Triennial report on the lunatic asylums in the province of Eastern Bengal and Assam - 1903-1911
Year: 1903
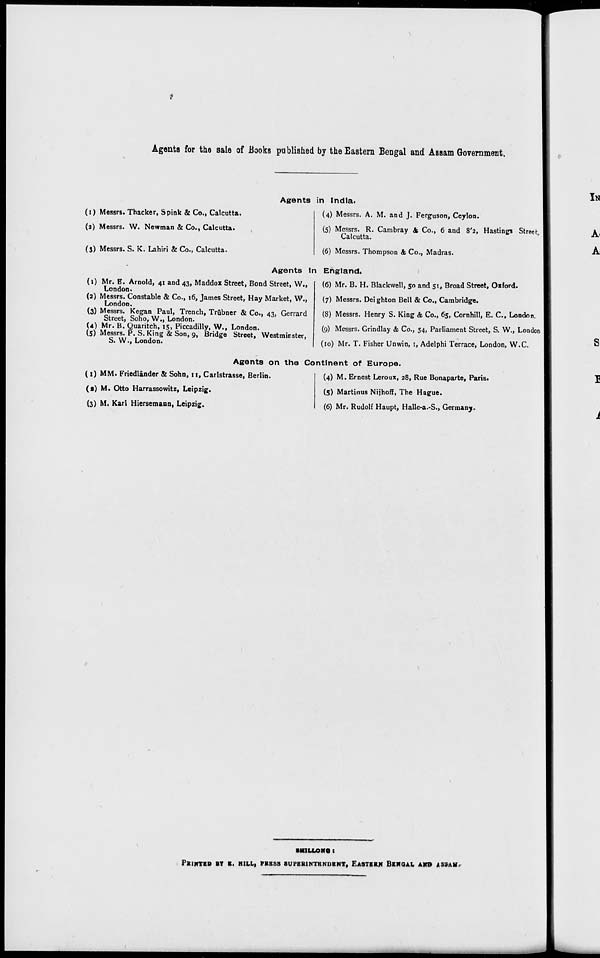
Agents for the sale of Books published by the Eastern Bengal and Assam Government.
Agents in India.
(1) Messrs. Thacker, Spink & Co., Calcutta.
(2) Messrs. W. Newman & Co., Calcutta.
(3) Messrs. S. K. Lahiri & Co., Calcutta.
(4) Messrs. A. M. and J. Ferguson, Ceylon.
(5) Messrs. R. Cambray & Co., 6 and 8'2, Hastings Street
Calcutta.
(6) Messrs. Thompson & Co., Madras.
Agents in England.
(1) Mr. E. Arnold, 41 and 43, Maddox Street, Bond Street, W.,
London.
(2) Messrs. Constable & Co., 16, James Street, Hay Market, W.,
London.
(3) Messrs. Kegan Paul, Trench, Trübner & Co., 43, Gerrard
Street, Soho, W., London.
(4) Mr. B. Quaritch, 15, Piccadilly, W., London.
(5) Messrs. P. S. King & Son, 9, Bridge Street, Westminster,
S. W., London.
(6) Mr. B. H. Blackwell, 50 and 51, Broad Street, Oxford.
(7) Messrs. Deighton Bell & Co., Cambridge.
(8) Messrs. Henry S. King & Co., 65, Cornhill, E. C, London.
(9) Messrs. Grindlay & Co., 54, Parliament Street, S. W., London
(10) Mr. T. Fisher Unwin, 1, Adelphi Terrace, London, W.C.
Agents on the Continent of Europe.
(1) MM. Friedländer & Soho, 11, Carlstrasse, Berlin.
(2) M. Otto Harrassowitz, Leipzig.
(3) M. Karl Hiersemann, Leipzig.
(4) M. Ernest Leroux, 28, Rue Bonaparte, Paris.
(5) Martinus Nijhoff, The Hague.
(6) Mr. Rudolf Haupt, Halle-a.-S., Germany.
SHILLONG :
PRINTED BY E. HILL, PRESS SUPERINTENDENT, EASTERN BENGAL AND ASSAM.